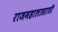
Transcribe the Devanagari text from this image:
राजमहालासाठी